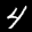
Label: 4